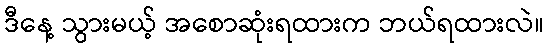
ဒီနေ့ သွားမယ့် အစောဆုံးရထားက ဘယ်ရထားလဲ။